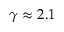
\gamma \approx 2 . 1